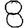
Digit: 8